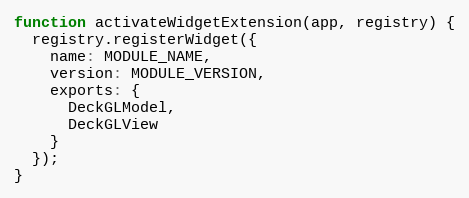
Language: JavaScript
function activateWidgetExtension(app, registry) {
  registry.registerWidget({
    name: MODULE_NAME,
    version: MODULE_VERSION,
    exports: {
      DeckGLModel,
      DeckGLView
    }
  });
}